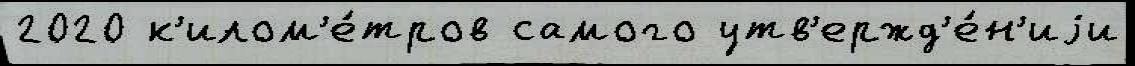
2020 к'илом'е́тров самого утв'ержд'е́н'иjи